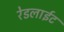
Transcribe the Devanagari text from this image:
रेडलाईट